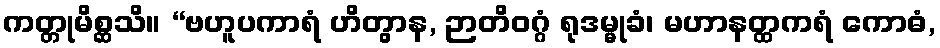
ကတ္တုမိစ္ဆသိ။ “ဗဟူပကာရံ ဟိတွာန, ဉာတိဝဂ္ဂံ ရုဒမ္မုခံ၊ မဟာနတ္ထကရံ ကောဓံ,